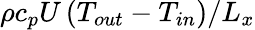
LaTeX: \rho c_{p}U\left(T_{out}-T_{in}\right)/L_{x}